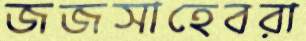
জজসাহেবরা